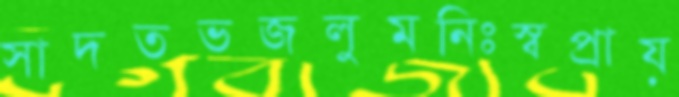
সাদতভজলুমনিঃস্বপ্রায়